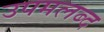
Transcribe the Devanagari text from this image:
उपमलब्द